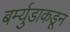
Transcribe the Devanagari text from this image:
बर्म्युडाकडून